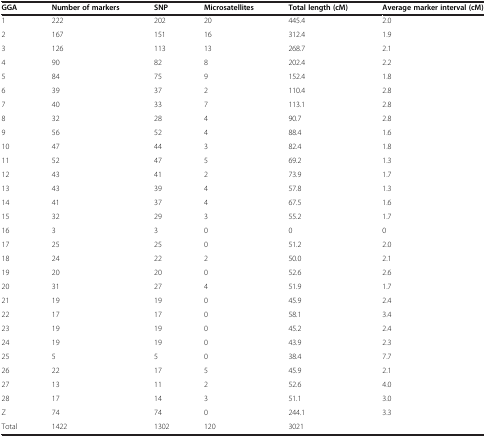
<table><thead><tr><td><b>GGA</b></td><td><b>Number of markers</b></td><td><b>SNP</b></td><td><b>Microsatellites</b></td><td><b>Total length (cM)</b></td><td><b>Average marker interval (cM)</b></td></tr></thead><tbody><tr><td>1</td><td>222</td><td>202</td><td>20</td><td>445.4</td><td>2.0</td></tr><tr><td>2</td><td>167</td><td>151</td><td>16</td><td>312.4</td><td>1.9</td></tr><tr><td>3</td><td>126</td><td>113</td><td>13</td><td>268.7</td><td>2.1</td></tr><tr><td>4</td><td>90</td><td>82</td><td>8</td><td>202.4</td><td>2.2</td></tr><tr><td>5</td><td>84</td><td>75</td><td>9</td><td>152.4</td><td>1.8</td></tr><tr><td>6</td><td>39</td><td>37</td><td>2</td><td>110.4</td><td>2.8</td></tr><tr><td>7</td><td>40</td><td>33</td><td>7</td><td>113.1</td><td>2.8</td></tr><tr><td>8</td><td>32</td><td>28</td><td>4</td><td>90.7</td><td>2.8</td></tr><tr><td>9</td><td>56</td><td>52</td><td>4</td><td>88.4</td><td>1.6</td></tr><tr><td>10</td><td>47</td><td>44</td><td>3</td><td>82.4</td><td>1.8</td></tr><tr><td>11</td><td>52</td><td>47</td><td>5</td><td>69.2</td><td>1.3</td></tr><tr><td>12</td><td>43</td><td>41</td><td>2</td><td>73.9</td><td>1.7</td></tr><tr><td>13</td><td>43</td><td>39</td><td>4</td><td>57.8</td><td>1.3</td></tr><tr><td>14</td><td>41</td><td>37</td><td>4</td><td>67.5</td><td>1.6</td></tr><tr><td>15</td><td>32</td><td>29</td><td>3</td><td>55.2</td><td>1.7</td></tr><tr><td>16</td><td>3</td><td>3</td><td>0</td><td>0</td><td>0</td></tr><tr><td>17</td><td>25</td><td>25</td><td>0</td><td>51.2</td><td>2.0</td></tr><tr><td>18</td><td>24</td><td>22</td><td>2</td><td>50.0</td><td>2.1</td></tr><tr><td>19</td><td>20</td><td>20</td><td>0</td><td>52.6</td><td>2.6</td></tr><tr><td>20</td><td>31</td><td>27</td><td>4</td><td>51.9</td><td>1.7</td></tr><tr><td>21</td><td>19</td><td>19</td><td>0</td><td>45.9</td><td>2.4</td></tr><tr><td>22</td><td>17</td><td>17</td><td>0</td><td>58.1</td><td>3.4</td></tr><tr><td>23</td><td>19</td><td>19</td><td>0</td><td>45.2</td><td>2.4</td></tr><tr><td>24</td><td>19</td><td>19</td><td>0</td><td>43.9</td><td>2.3</td></tr><tr><td>25</td><td>5</td><td>5</td><td>0</td><td>38.4</td><td>7.7</td></tr><tr><td>26</td><td>22</td><td>17</td><td>5</td><td>45.9</td><td>2.1</td></tr><tr><td>27</td><td>13</td><td>11</td><td>2</td><td>52.6</td><td>4.0</td></tr><tr><td>28</td><td>17</td><td>14</td><td>3</td><td>51.1</td><td>3.0</td></tr><tr><td>Z</td><td>74</td><td>74</td><td>0</td><td>244.1</td><td>3.3</td></tr><tr><td>Total</td><td>1422</td><td>1302</td><td>120</td><td>3021</td><td> </td></tr></tbody></table>